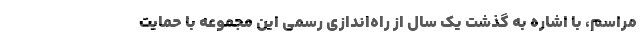
مراسم، با اشاره به گذشت یک سال از راه‌اندازی رسمی این مجموعه با حمایت